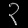
Digit: ၃